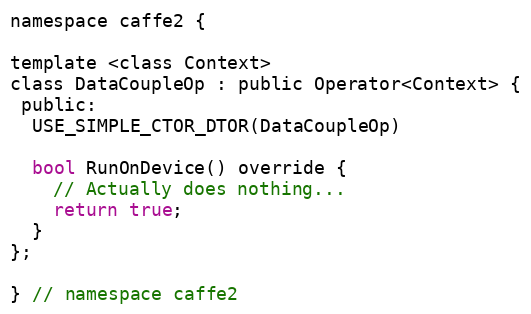
Language: C
namespace caffe2 {

template <class Context>
class DataCoupleOp : public Operator<Context> {
 public:
  USE_SIMPLE_CTOR_DTOR(DataCoupleOp)

  bool RunOnDevice() override {
    // Actually does nothing...
    return true;
  }
};

} // namespace caffe2